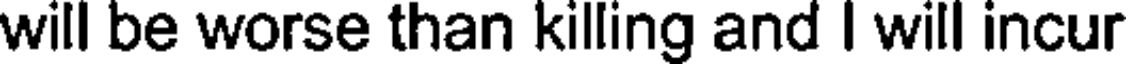
will be worse than killing and I will incur